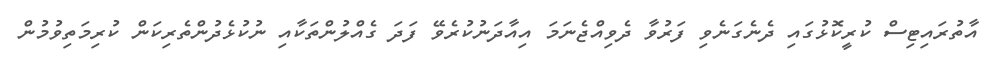
އާތުރައިޓިސް ކުރީކޮޅުގައި ދެނެގަނެވި ފަރުވާ ދެވިއްޖެނަމަ އިއާދަނުކުރެވޭ ފަދަ ގެއްލުންތަކާއި ނުކުޅެދުންތެރިކަން ކުރިމަތިވުމުން